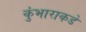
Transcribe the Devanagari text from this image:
कुंभाराकडे